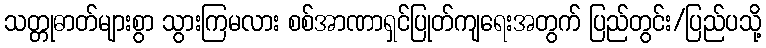
သတ္တုဓာတ်များစွာ သွားကြမလား စစ်အာဏာရှင်ပြုတ်ကျရေးအတွက် ပြည်တွင်း/ပြည်ပသို့